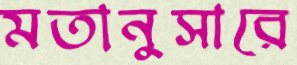
মতানুসারে